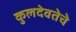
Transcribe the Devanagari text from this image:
कुलदेवतेचे